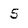
Character: 5